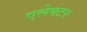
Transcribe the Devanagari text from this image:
एलेक्टर